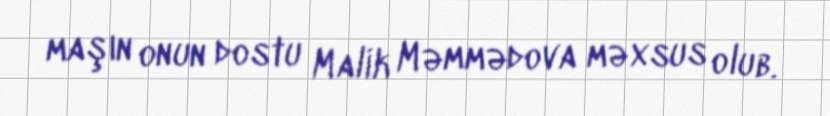
maşın onun dostu Malik Məmmədova məxsus olub.